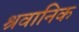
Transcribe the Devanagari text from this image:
श्रवानिक